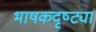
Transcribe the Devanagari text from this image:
भाषकदृष्ट्या